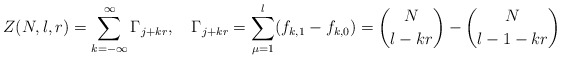
\begin{align*}Z(N,l,r)=\sum_{k=-\infty}^\infty\Gamma_{j+kr},\quad\Gamma_{j+kr}=\sum_{\mu=1}^l(f_{k,1}-f_{k,0})={N\choose l-kr}-{N\choose l-1-kr}\end{align*}